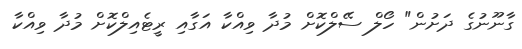
ގާނޫނުގެ ދަށުން" ހޯލް ސޭލްކޮށް މުދާ ވިއްކާ އަގާއި ރީޓެއިލްކޮށް މުދާ ވިއްކާ